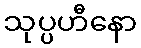
သုပ္ပဟီနော